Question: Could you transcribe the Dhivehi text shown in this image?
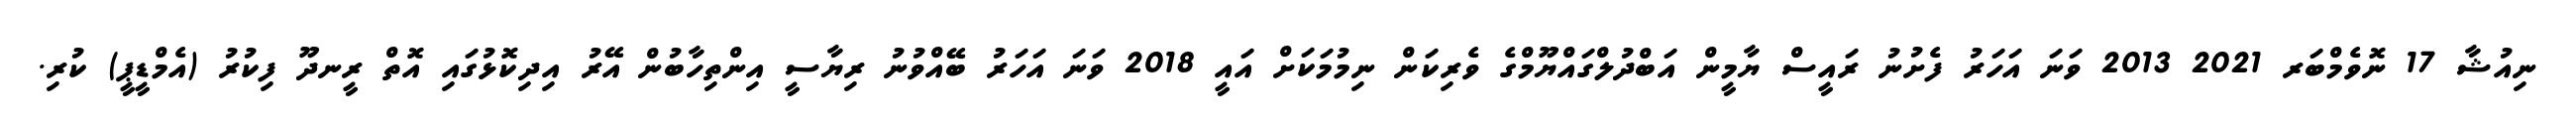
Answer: ނިއުޝާ 17 ނޮވެމްބަރ 2021 2013 ވަނަ އަހަރު ފެށުނު ރައީސް ޔާމީން އަބްދުލްގައްޔޫމްގެ ވެރިކަން ނިމުމަކަށް އައީ 2018 ވަނަ އަހަރު ބޭއްވުނު ރިޔާސީ އިންތިހާބުން އޭރު އިދިކޮޅުގައި އޮތް ރީނދޫ ފިކުރު (އެމްޑީޕީ) ކުރި.